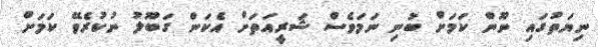
ނިޔަތުގައި ނޫން ކަމަށް ބުނި ނަމަވެސް ޝަރީއަތަށް އެކަން ގަބޫލު ނުކުރެވޭ ކަމަށް